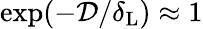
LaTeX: \exp(-\mathcal{D}/\delta_{\mathrm{L}})\approx 1